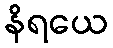
နိရယေ